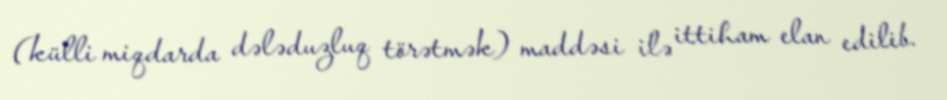
(külli miqdarda dələduzluq törətmək) maddəsi ilə ittiham elan edilib.